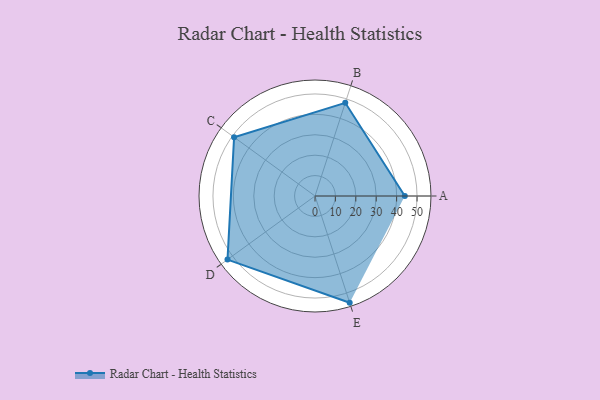
{"axis": {"x": "Skill", "y": "Score"}, "legend": ["Profile"], "data": [{"x": "A", "y": 44.0, "type": "Profile"}, {"x": "B", "y": 48.0, "type": "Profile"}, {"x": "C", "y": 49.0, "type": "Profile"}, {"x": "D", "y": 53.0, "type": "Profile"}, {"x": "E", "y": 55.0, "type": "Profile"}]}